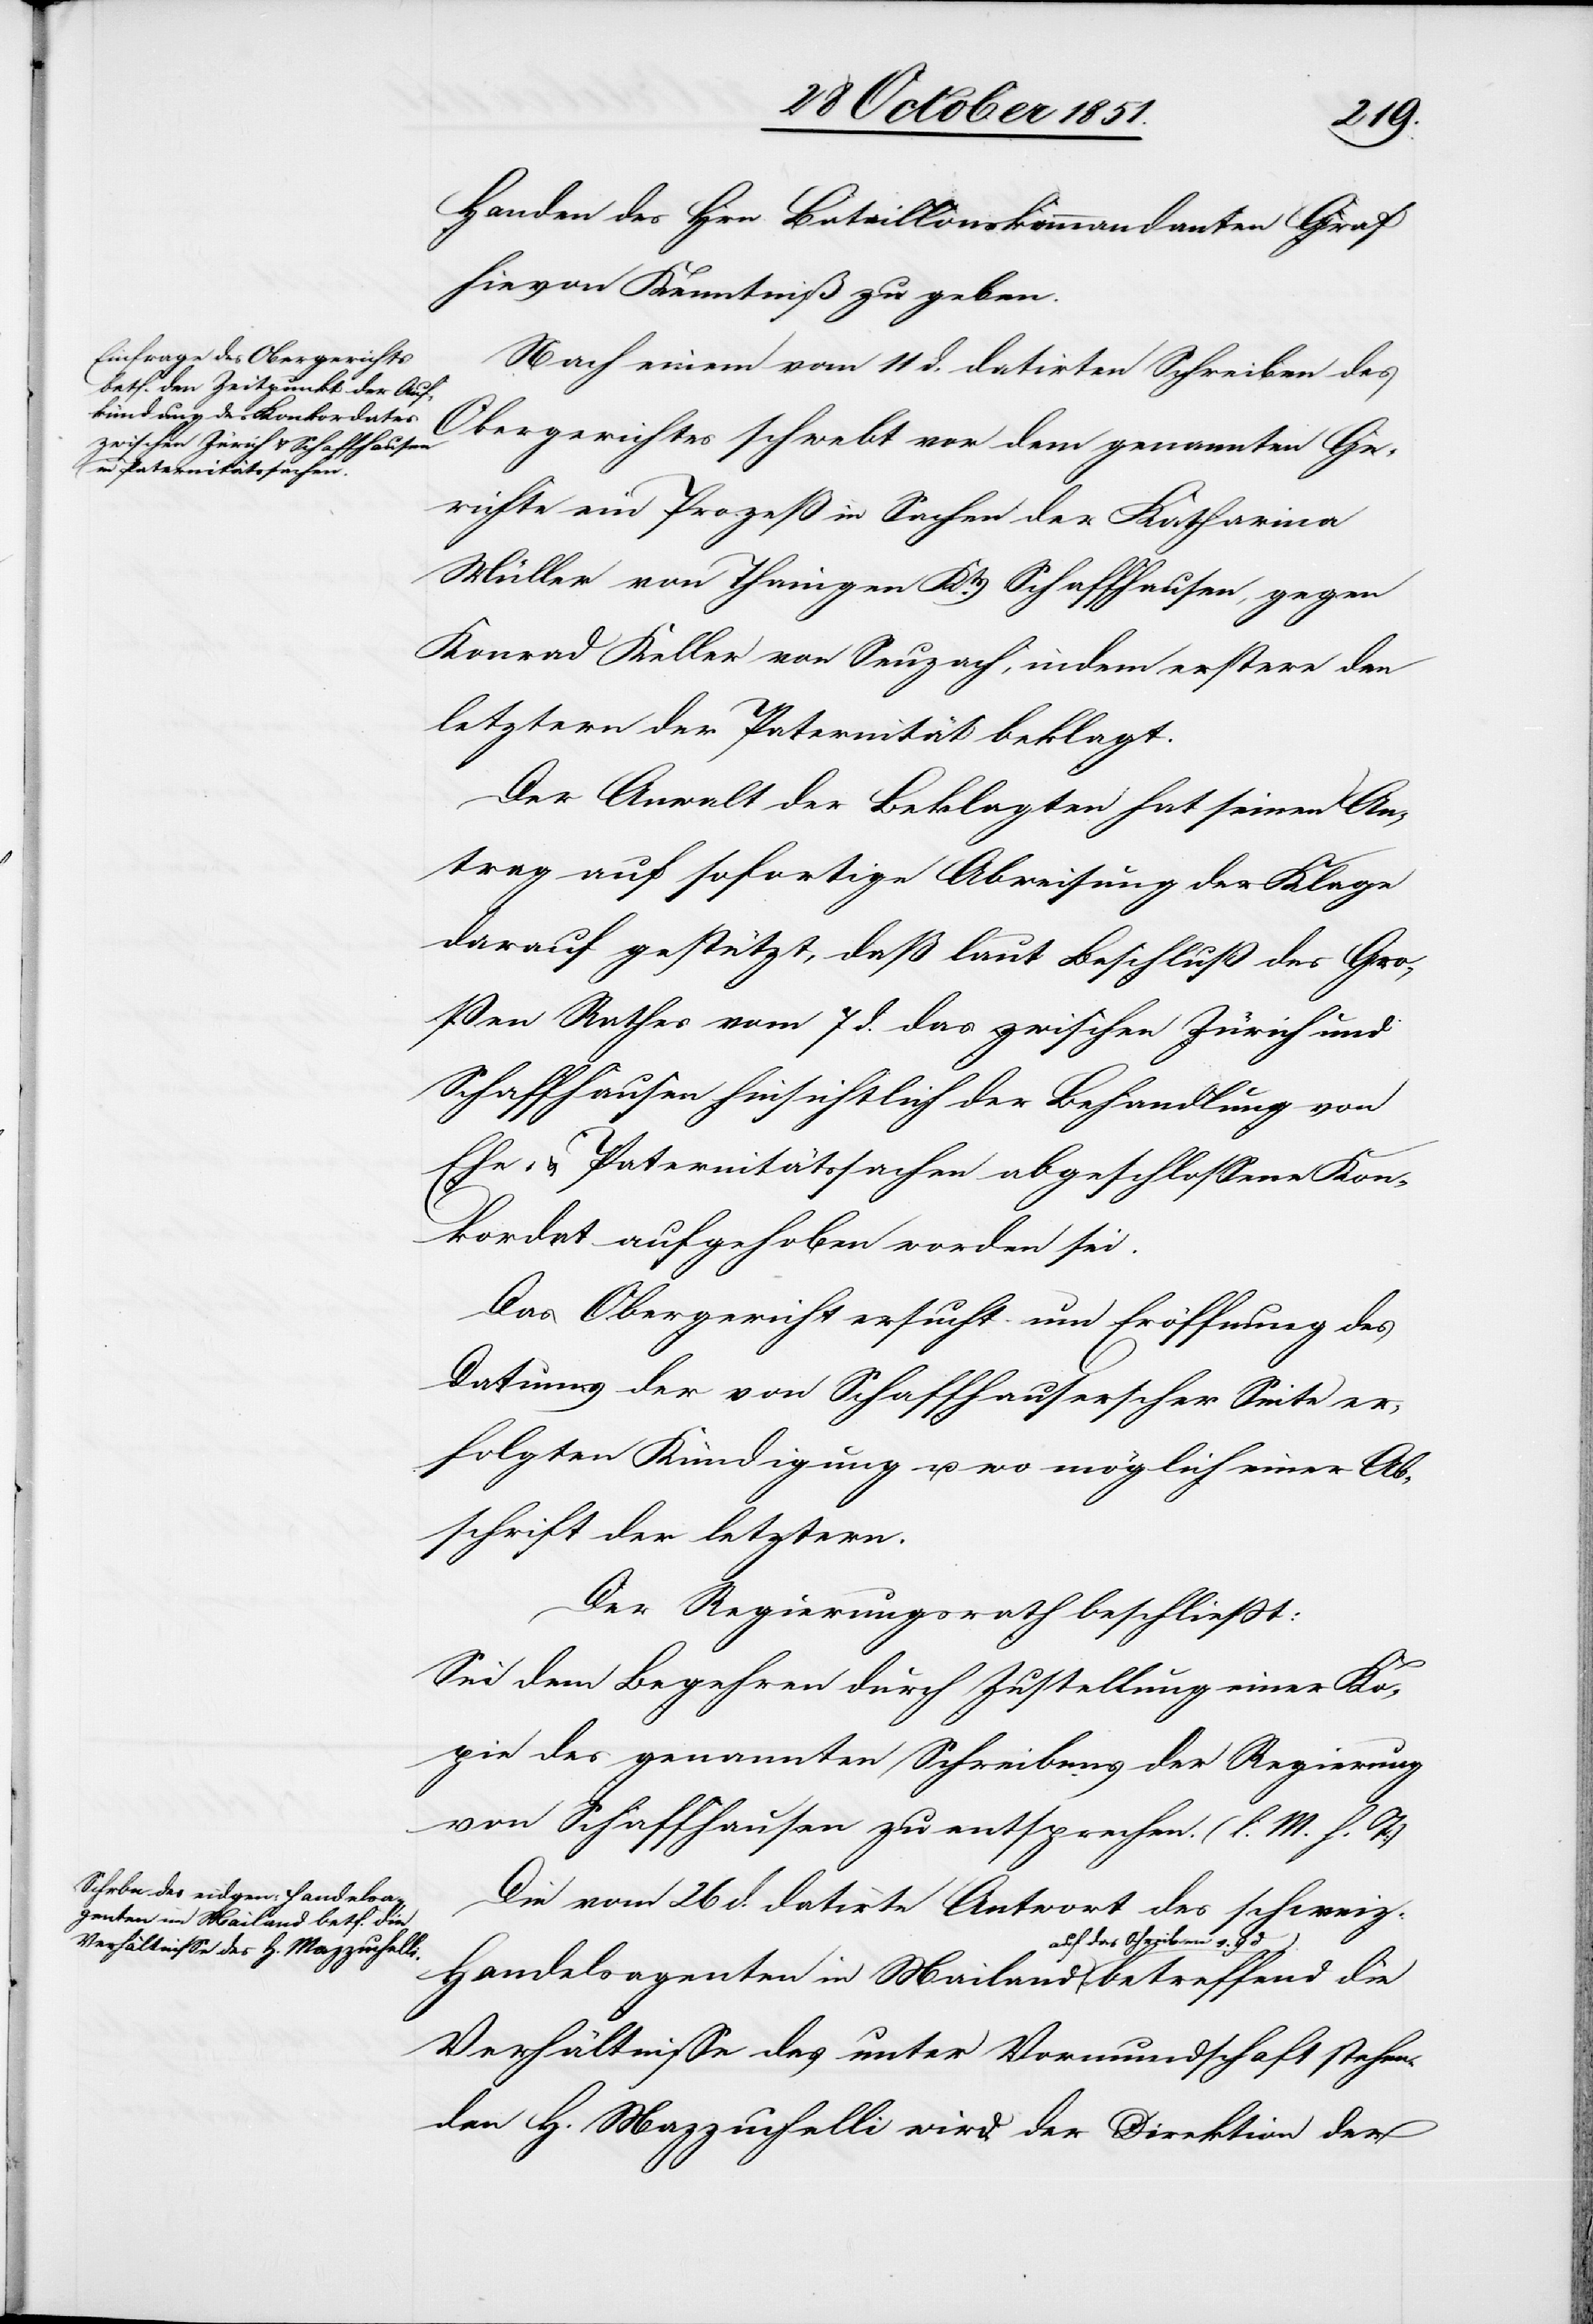
genten in Mailand auf das

die
Handen des Hrn. Bataillonskommandanten Graf
hievon Kenntniß zu geben.
Nach einem vom 11 d. datirten Schreiben des
Obergerichtes schwebt vor dem genannten Ge¬
richte ein Prozeß in Sachen der Katharina
Müller von Thaingen Kts. Schaffhausen, gegen
Konrad Keller von Seuzach, indem erstere den
letztern der Paternität beklagt.
Der Anwalt der Beklagten hat seinen An¬
trag auf sofortige Abweisung der Klage
darauf gestützt, daß laut Beschluß des Gro¬
ßen Rathes vom 7 d. das zwischen Zürich und
Schaffhausen hinsichtlich der Behandlung von
Ehe- & Paternitätssachen abgeschlossene Kon¬
kordat aufgehoben worden sei.
Das Obergericht ersucht um Eröffnung des
Datums der von Schaffhauserscher Seite er¬
folgten Kündigung u. wo möglich einer Ab¬
schrift der letztern.
Der Regierungsrath beschließt:
Sei dem Begehren durch Zustellung einer Ko¬
pie des genannten Schreibens der Regierung
von Schaffhausen zu entsprechen. (l. M. h. T:)
Die vom 26 d. datirte Antwort des schweiz:
Verhältnisse des unter Vormundschaft stehen¬
den H. Mazzuchelli wird der Direktion der